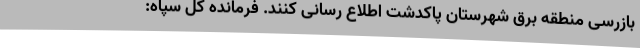
بازرسی منطقه برق شهرستان پاکدشت اطلاع رسانی کنند. فرمانده کل سپاه: